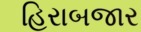
હિરાબજાર